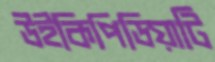
উইকিপিডিয়াটি